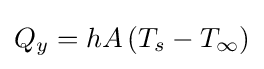
Q_{y}=hA\left(T_{s}-T_{\infty }\right)